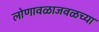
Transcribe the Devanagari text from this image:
लोणावळाजवळच्या